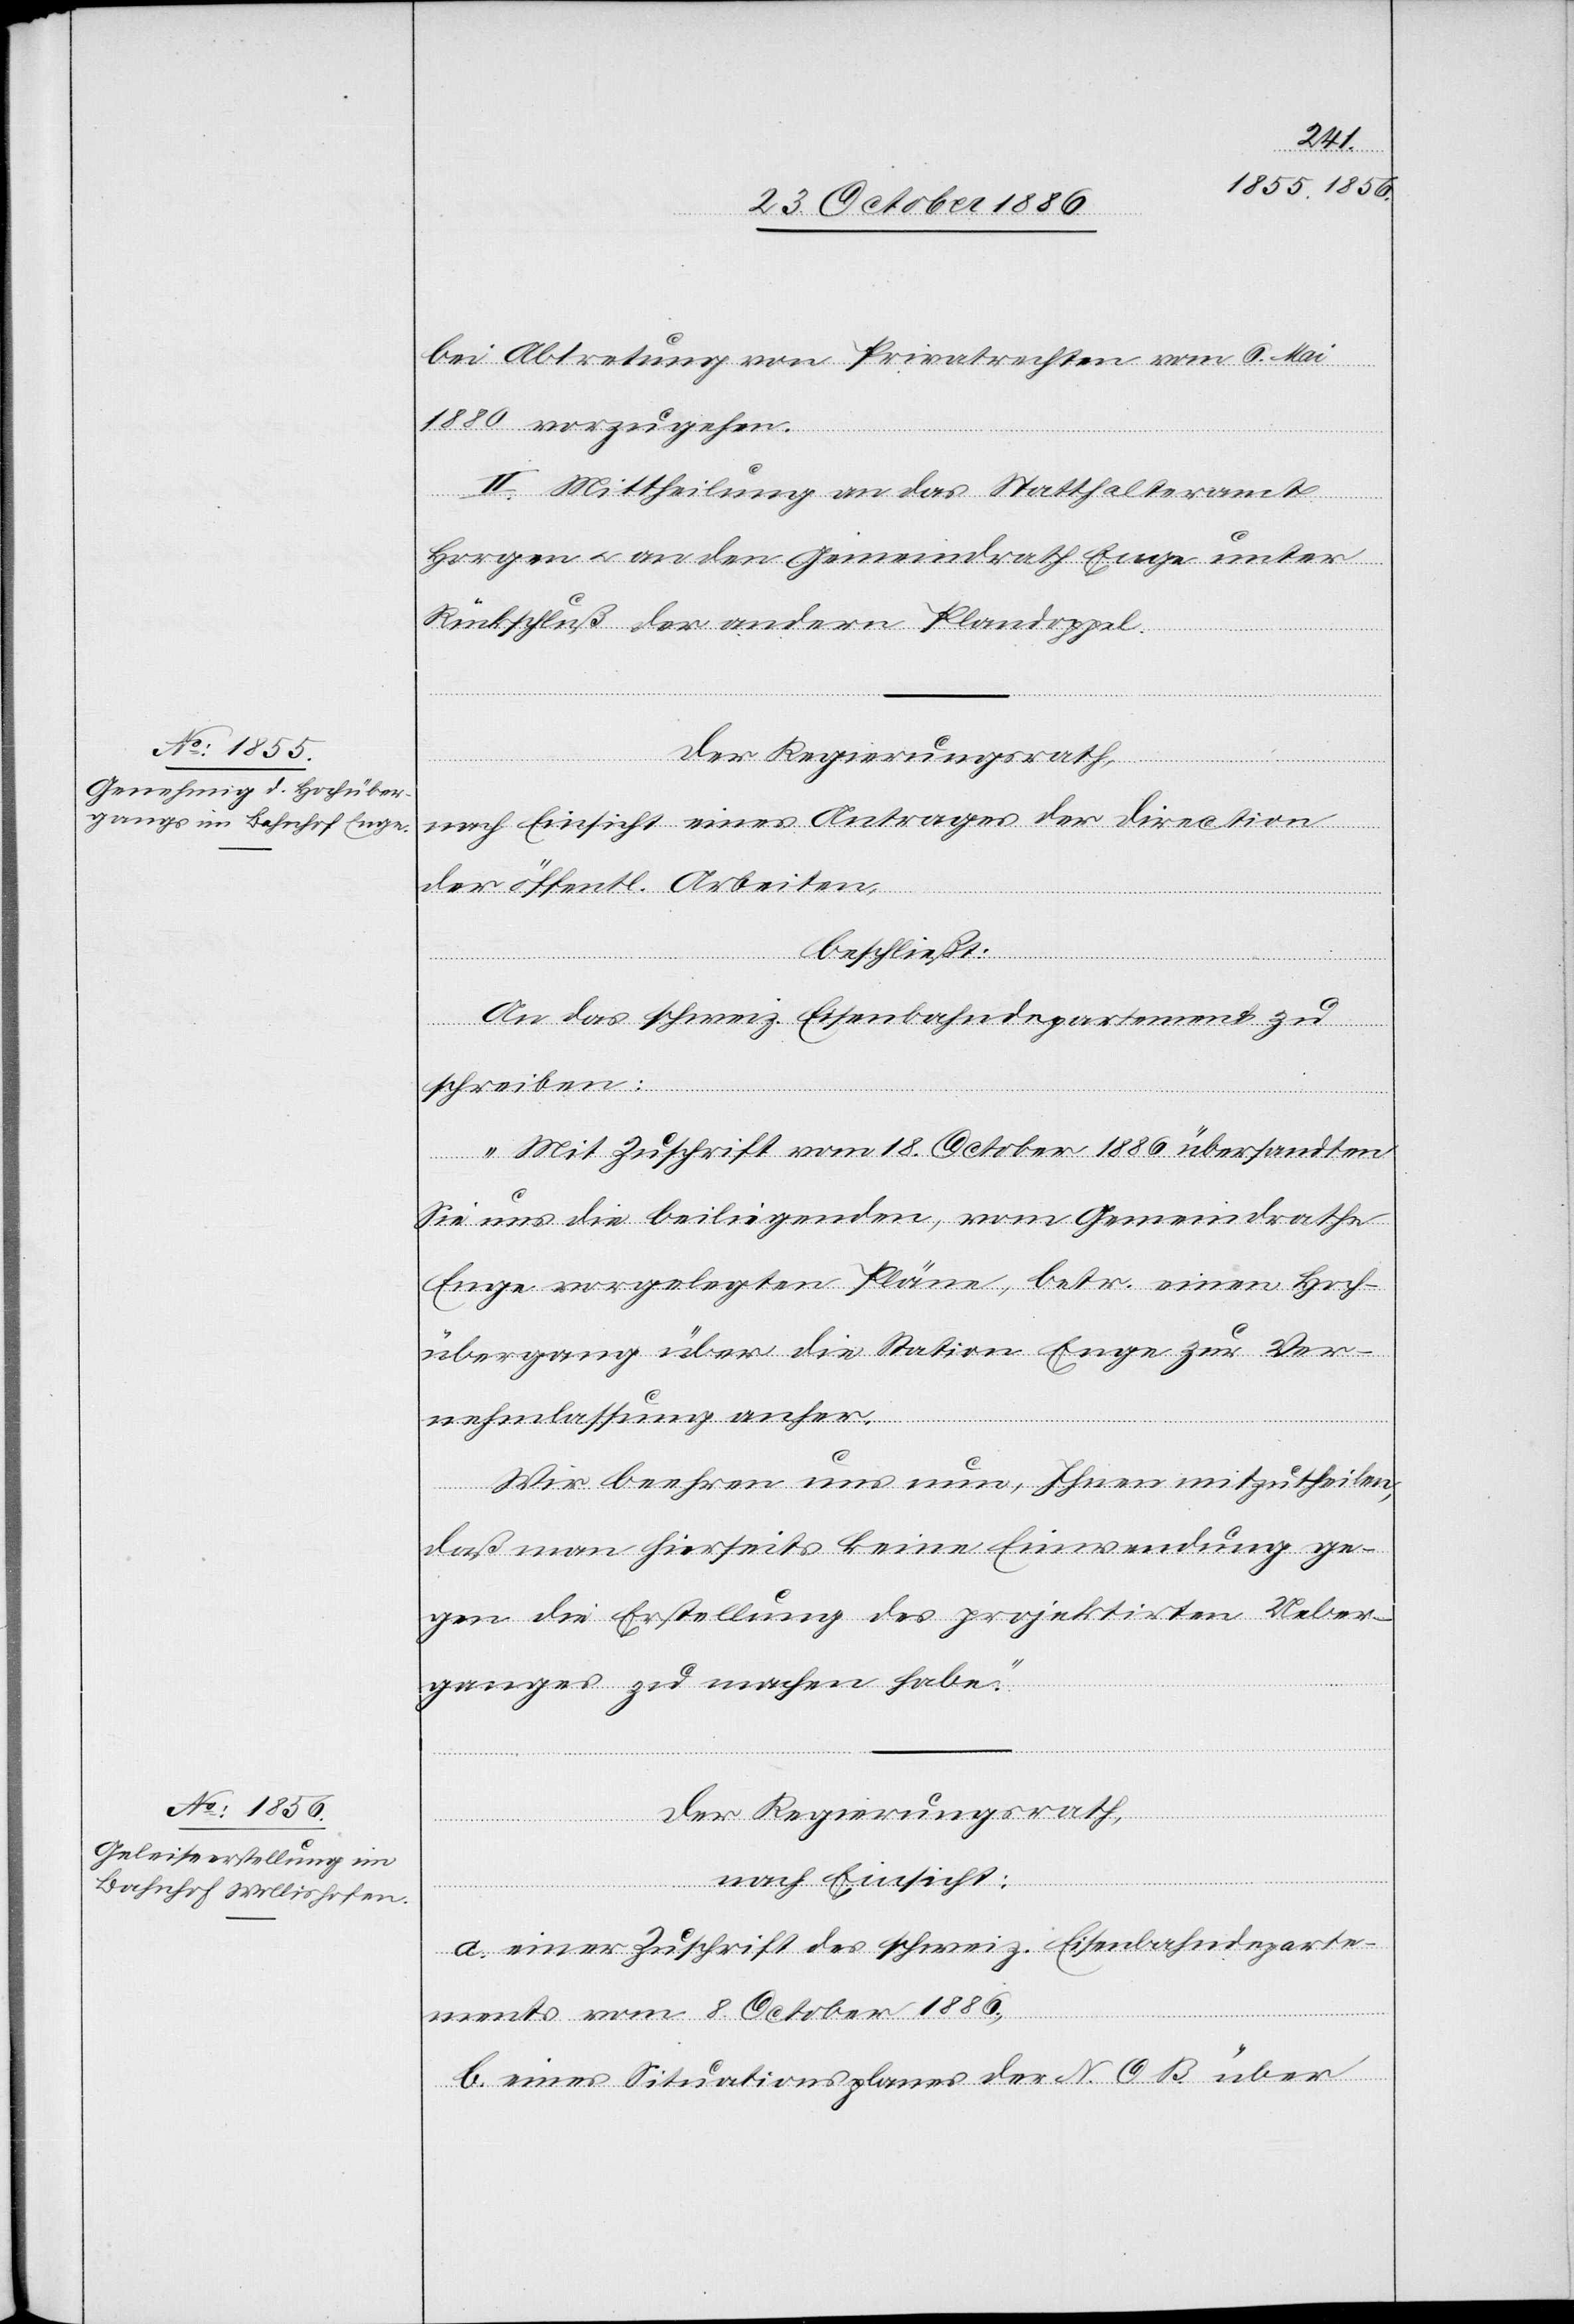
bei Abtretung von Privatrechten vom 6. Mai
1880 vorzugehen.
II. Mittheilung an das Statthalteramte
Horgen & an den Gemeindrath Enge unter
Rückschluß der andern Plandoppel.
nach Einsicht eines Antrages der Direction
der öffentl. Arbeiten,
beschließt:
An das schweiz. Eisenbahndepartement zu
schreiben:
„Mit Zuschrift vom 18. October 1886 übersandten
Sie uns die beiliegenden, vom Gemeindrathe
Enge vorgelegten Pläne, betr. einen Hoch¬
übergang über die Station Enge zur Ver¬
nehmlassung anher.
Wir beehren uns nun, Ihnen mitzutheilen,
daß man hierseits keine Einwendung ge¬
gen die Erstellung des projektirten Ueber¬
ganges zu machen habe.“
Der Regierungsrath,
nach Einsicht:
a. einer Zuschrift des schweiz. Eisenbahndeparte¬
ments vom 8. October 1886,
b. eines Situationsplanes der N. O. B. über